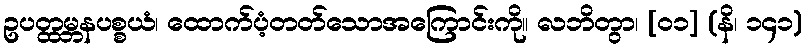
ဥပတ္ထမ္ဘနပစ္စယံ၊ ထောက်ပံ့တတ်သောအကြောင်းကို။ လဘိတွာ၊ [၀၁] (နိ၊ ၁၄၁)